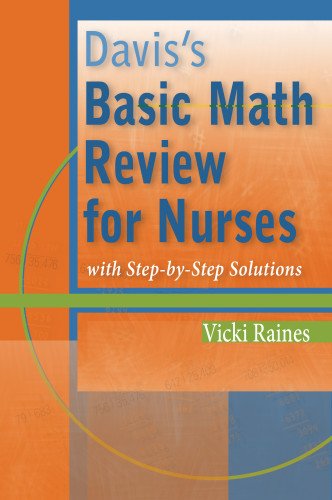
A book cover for Davis's Basic Math Review for Nurses: with Step-by-Step Solutions; Vicki Raines BS  PTCB; Medical Books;